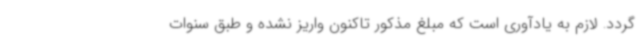
‌گردد. لازم به یادآوری است که مبلغ مذکور تاکنون واریز نشده و طبق سنوات